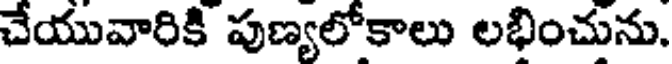
చేయువారికి పుణ్యలోకాలు లభించును.